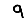
Digit: 9